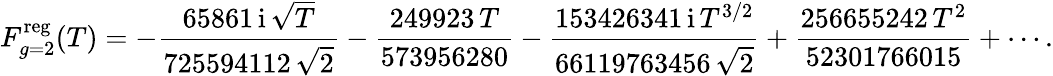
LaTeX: F_{g=2}^{\mathrm{reg}}(T)=-\frac{65861\, {\mathrm{i}}\, \sqrt{T}}{725594112\, \sqrt{2}}-\frac{249923\, T}{573956280}-\frac{153426341\, {\mathrm{i}}\, T^{3/2}}{66119763456\, \sqrt{2}}+\frac{256655242\, T^{2}}{52301766015}+\cdots.